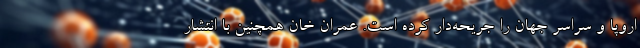
اروپا و سراسر جهان را جریحه‌دار کرده است. عمران خان همچنین با انتشار